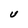
Character: U